Civil Veterinary Department Bihar reports 1936-40 - 1936-1940
Year: 1936
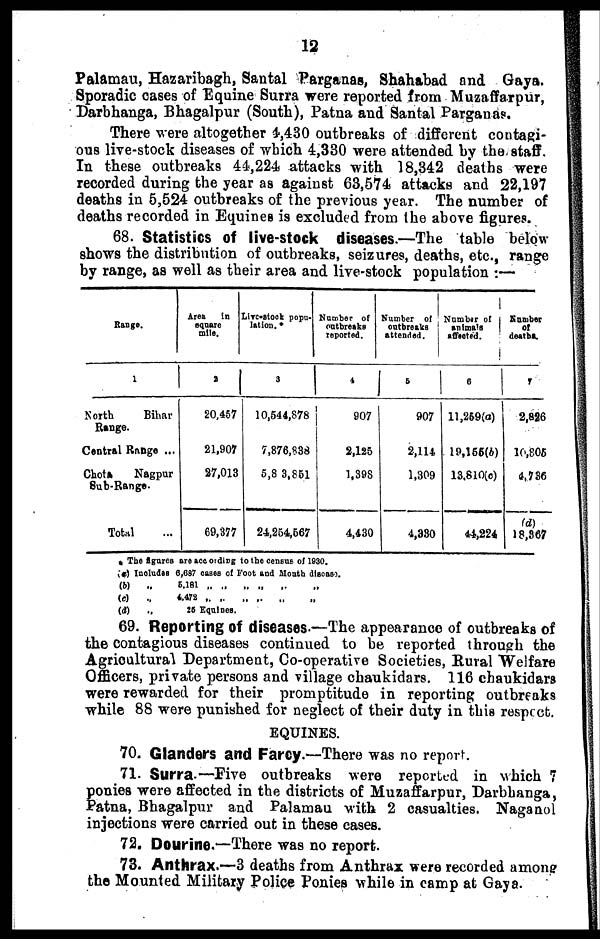
12
Palamau, Hazaribagh, Santal Parganas, Shahabad and Gaya.
Sporadic cases of Equine Surra were reported from Muzaffarpur,
Darbhanga, Bhagalpur (South), Patna and Santal Parganas.
There were altogether 4,430 outbreaks of different contagi-
ous live-stock diseases of which 4,330 were attended by the staff.
In these outbreaks 44,224 attacks with 18,342 deaths were
recorded during the year as against 63,574 attacks and 22,197
deaths in 5,524 outbreaks of the previous year. The number of
deaths recorded in Equines is excluded from the above figures.
68. Statistics of live-stock diseases.—The table below
shows the distribution of outbreaks, seizures, deaths, etc., range
by range, as well as their area and live-stock population :—
Range.
1
North
Bihar
Range.
Central Range ...
Chota
Nagpur
Sub-Range.
Total ...
Area
in
square
mile.
2
20,457
21,907
27,013
69,377
Live-stock popu-
lation.
3
10,544,878
7,876,838
5,813,851
24,254,567
Number of
outbreaks
reported.
4
907
2,125
1,398
4,430
Number of
outbreaks
attended.
5
907
2,114
1,309
4,330
Number of
animals
affected.
6
11,259(a)
19,155(b)
13,810(c)
44,224
Number
of
deaths
7
2,826
10,805
4,736
(d)
18,367
* The figures are according to the census of 1930.
(a)
(b)
(c)
(d)
Includes 6,687 cases of Foot and Month diseas).
„ 5,181 „ „ „ „ „ „ „
„ 4,478 „ „ „ „ „ „
„
25
Equines.
69. Reporting of diseases.—The appearance of outbreaks of
the contagious diseases continued to be reported through the
Agricultural Department, Co-operative Societies, Rural Welfare
Officers, private persons and village chaukidars. 116 chaukidars
were rewarded for their promptitude in reporting outbreaks
while 88 were punished for neglect of their duty in this respect.
EQUINES.
70. Glanders and Farcy.—There was no report.
71. Surra.—Five outbreaks were reported in which 7
ponies were affected in the districts of Muzaffarpur, Darbhanga,
Patna, Bhagalpur and Palamau with 2 casualties. Naganol
injections were carried out in these cases.
72. Dourine.—There was no report.
73. Anthrax.—3 deaths from Anthrax were recorded among
the Mounted Military Police Ponies while in camp at Gaya.